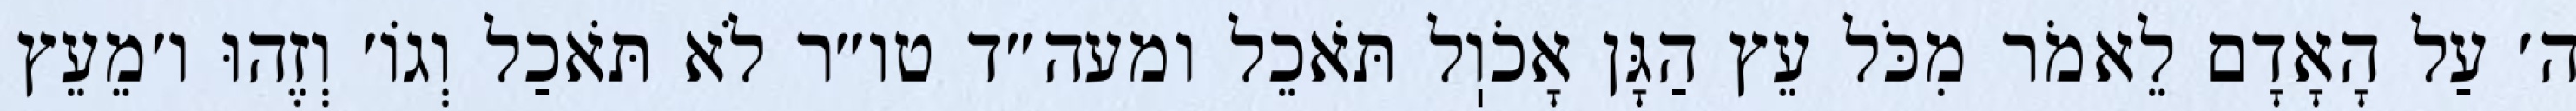
ה׳ עַל הָאָדָם לֵאמֹר מִכֹּל עֵץ הַגָּן אָכֹוֽל תֹּאכֵל ומעה״ד טו״ר לֹא תֹּאכַל וְגוֹ׳ וְזֶהוּ ו׳מֵעֵץ